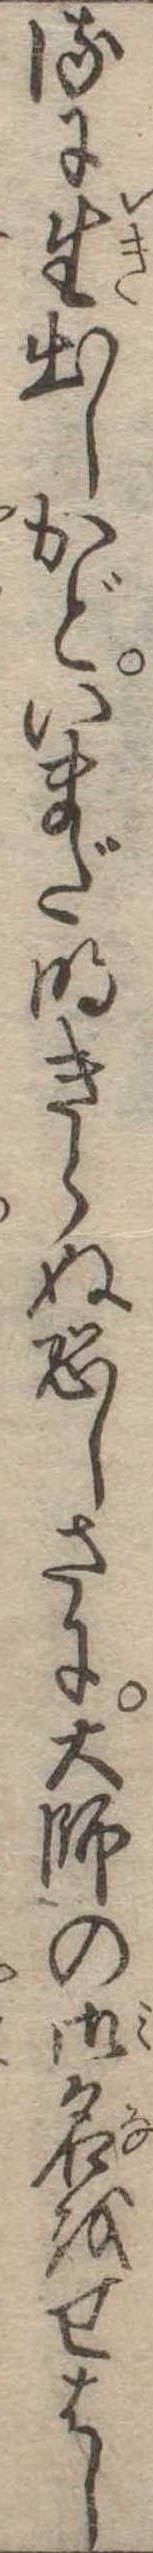
るに生出しかどいまだ明きらぬ恐しさに大師の御名をせはし